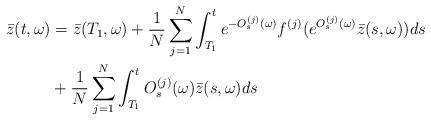
LaTeX: \begin{align*}\bar{z}(t,\omega)&=\bar{z}(T_1,\omega)+\frac{1}{N}\sum\limits_{j=1}^{N}\int_{T_1}^{t}e^{-O_s^{(j)}(\omega)}f^{(j)}(e^{O_s^{(j)}(\omega)}\bar{z}(s,\omega))ds\\&+\frac{1}{N}\sum\limits_{j=1}^{N}\int_{T_1}^{t}O_s^{(j)}(\omega)\bar{z}(s,\omega)ds\end{align*}